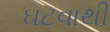
ઘટવાથી